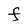
Character: F